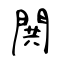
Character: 閧